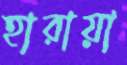
হারায়া